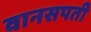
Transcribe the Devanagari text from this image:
वानसपती